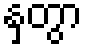
နှတွာ